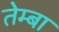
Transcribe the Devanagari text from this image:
तेम्बा